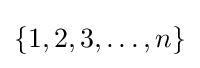
{\textstyle \left\{1,2,3,\dotsc ,n\right\}}